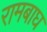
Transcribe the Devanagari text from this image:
रामबाघ